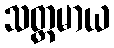
သတ္တမာယ